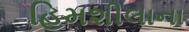
હિમશીલાના